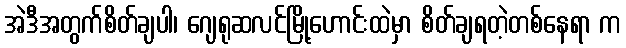
အဲဒီအတွက်စိတ်ချပါ၊ ဂျေရုဆလင်မြို့ဟောင်းထဲမှာ စိတ်ချရတဲ့တစ်နေရာ က